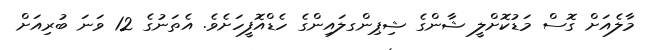
މާލެއަށް ގޮސް މަޑުކޮށްލީ ޝާންގެ ޝިޕިންގލައިންގެ ހެޑްއޮފީހަށެވެ. އެތަނުގެ 12 ވަނަ ބުރިއަށް